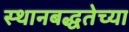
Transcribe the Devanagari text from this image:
स्थानबद्धतेच्या